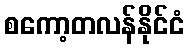
စကော့တလန်နိုင်ငံ